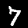
Label: 7